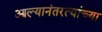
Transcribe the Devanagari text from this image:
आल्यानंतरत्यांच्या